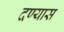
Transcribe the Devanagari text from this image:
दण्यास